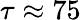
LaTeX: \tau\approx 75